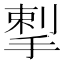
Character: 揧